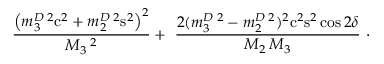
\ \frac { \left( m _ { 3 } ^ { D } \, ^ { 2 } \mathrm { c } ^ { 2 } + m _ { 2 } ^ { D } \, ^ { 2 } \mathrm { s } ^ { 2 } \right) ^ { 2 } } { M _ { 3 } \, ^ { 2 } } + \ \frac { 2 ( m _ { 3 } ^ { D } \, ^ { 2 } - m _ { 2 } ^ { D } \, ^ { 2 } ) ^ { 2 } \mathrm { c } ^ { 2 } \mathrm { s } ^ { 2 } \, { \cos 2 \delta } } { M _ { 2 } \, M _ { 3 } } ~ \cdot